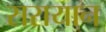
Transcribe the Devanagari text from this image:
सरायान